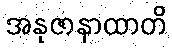
အနုဇာနာထာတိ